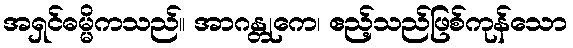
အရှင်ဓမ္မိကသည်။ အာဂန္တုကေ၊ ဧည့်သည်ဖြစ်ကုန်သော